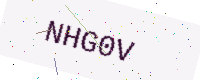
Text: NHG0V